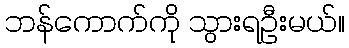
ဘန်ကောက်ကို သွားရဦးမယ်။